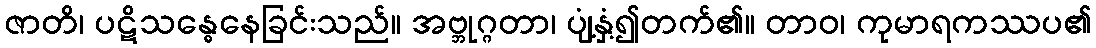
ဇာတိ၊ ပဋိသန္ဓေနေခြင်းသည်။ အဗ္ဘုဂ္ဂတာ၊ ပျံ့နှံ့၍တက်၏။ တာဝ၊ ကုမာရကဿပ၏